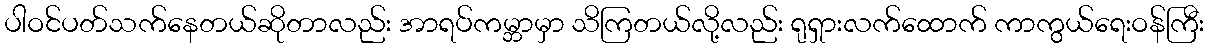
ပါဝင်ပတ်သက်နေတယ်ဆိုတာလည်း အာရပ်ကမ္ဘာမှာ သိကြတယ်လို့လည်း ရုရှားလက်ထောက် ကာကွယ်ရေးဝန်ကြီး